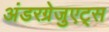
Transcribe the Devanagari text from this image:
अंडरग्रेजुएट्स